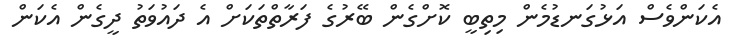
އެކަންވެސް އަޅުގަނޑުމެން މިތިބީ ކޮށްގެން ބޭރުގެ ފަރާތްތަކަށް އެ ދައުވަތު ދީގެން އެކަން